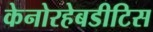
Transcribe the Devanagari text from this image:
केनोरहेबडीटिस